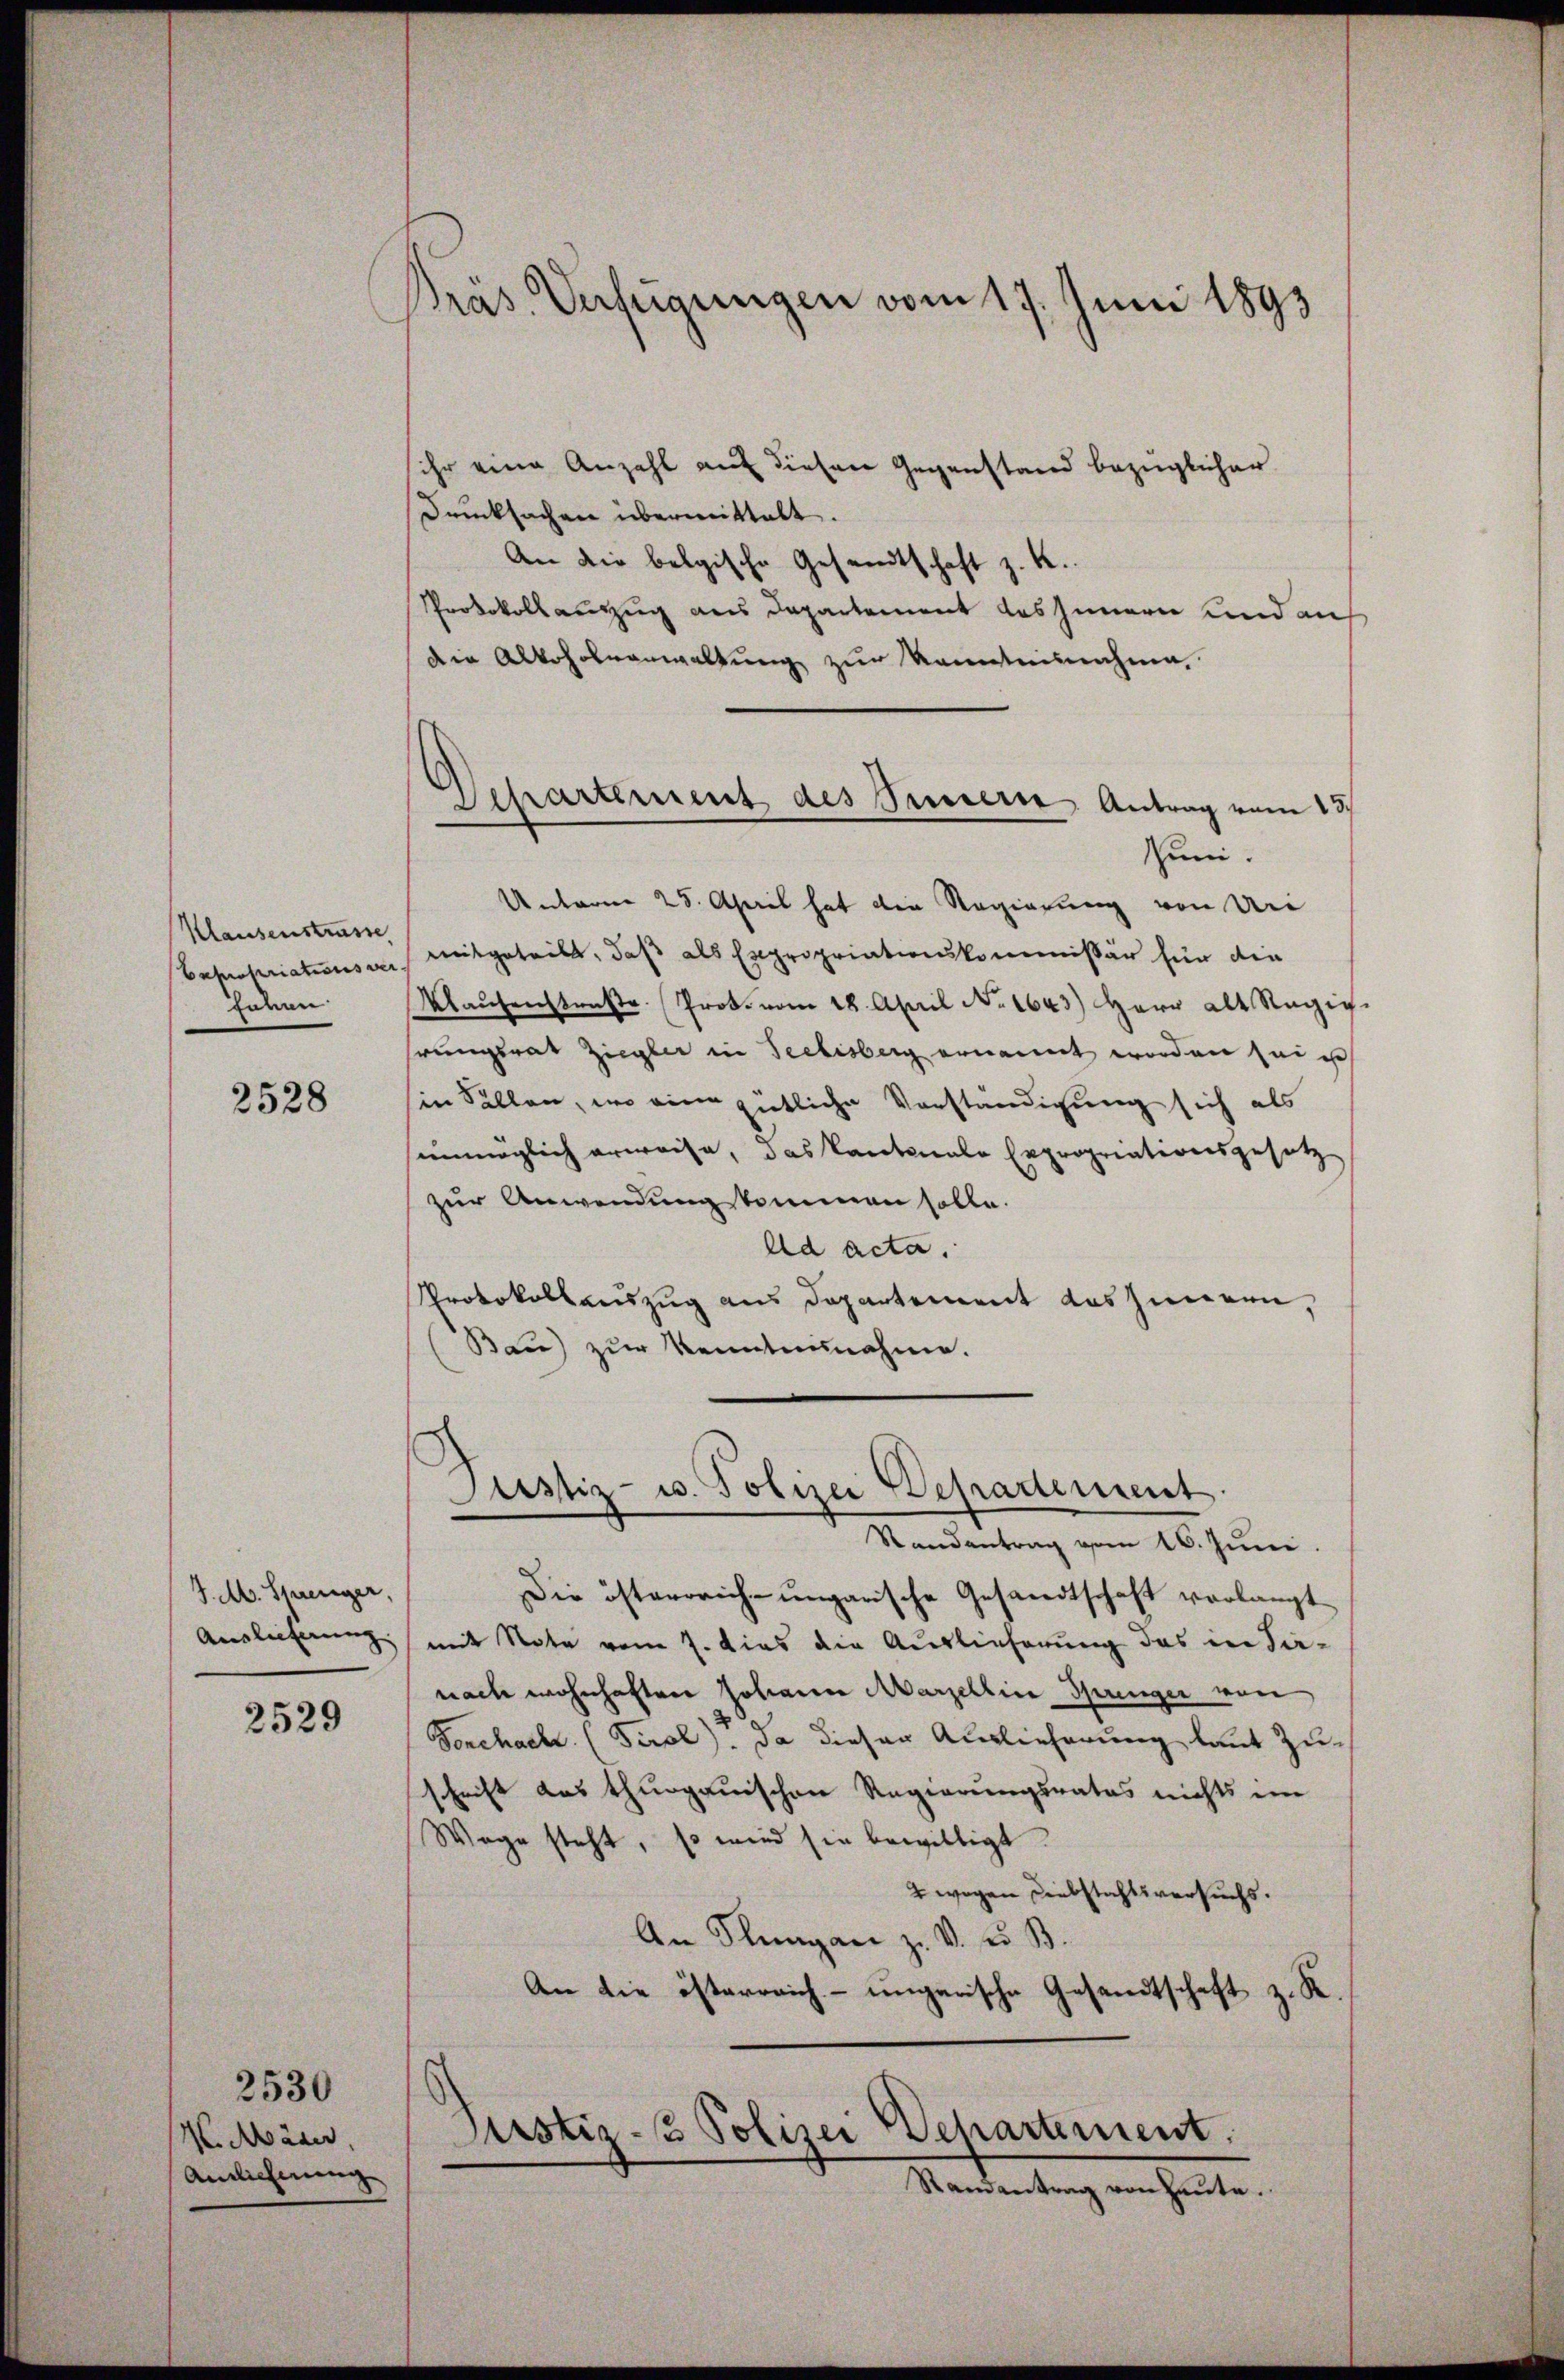
Präs. Verfügungen vom 17. Juni 1891

sihr eine Anzahl auf dieser Gegenstand bezüglicher
Drucksachen übermittelt.
An die belgische Gesandtschaft z. K.
Protokollauszug aus Departement das Innern und auf
die Alkoholvanwaltung zur Kenntnisnahme
Juni.
Unterm 25. April hat die Regierung von Uri
mitgeteilt, daß als Expropriationskommissär für die
Maŭsenstraße. Prok. vom 18. April No 1643.) Herr als Regig-
hrungsrat Ziegler in Seelisberg ernannt worden sei est
sin sollen, wo eine gütliche Vorständigung sich als
unmöglich erweise, das Kantonale Expropriationsgesetz
zur Anwendung kommen solle.
Ad acta.
Protokollauszug aus Departement das Inneren,
Bau) zur Kenntennahme.

Departement des Innern Antrag vom 13.

Klausenstrasse
Besatariations ver
Jahen

2528

Pustiz- u. Polizei Departement.
Randantrag vom 16. Juni

Die österrich-ungarische Gesandtschaft verlangt
mit Note vom 7. dies die Auslieferung des in Sanach wohnhaften Johann Marzelline Springer von
Fonchach. (Tirol). Da dieser Auslieferung laut Zu-
schrift das thurgauischen Regierungsrates nichts im
Wage steht, so wird sie bewilligt.
2 wegen Diebstachtsversuchs.
An Flungen z. v. u. B.
An die österreich- ungarische Gesandtschaft z. K.
Justiz- & Polizei Departement,
Randantrag von Heute.

J. M. Strenger,
Auslieferung.

2529

2530
4. Märer,
Antlicherung